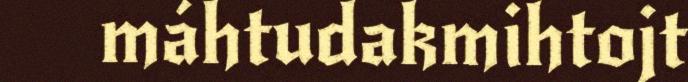
máhtudakmihtojt